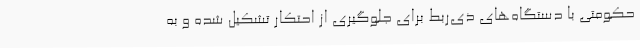
حکومتی با دستگاه‌های ذی‌ربط برای جلوگیری از احتکار تشکیل شده و به